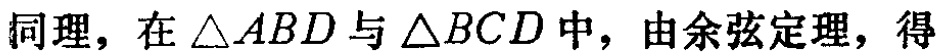
同理，在\(\triangle ABD\)与\(\triangle BCD\)中，由余弦定理，得